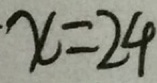
\cdot x = 2 4